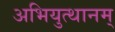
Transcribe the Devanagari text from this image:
अभियुत्थानम्